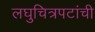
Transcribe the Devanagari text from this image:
लघुचित्रपटांची